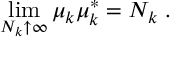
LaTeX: \operatorname * { l i m } _ { N _ { k } \uparrow \infty } \mu _ { k } \mu _ { k } ^ { \ast } = N _ { k } \; .